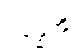
ဂန္ဓေဟိ